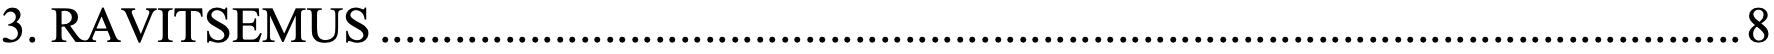
3. RAVITSEMUS ............................................................................................................. 8